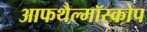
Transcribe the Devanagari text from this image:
आफथैल्मॉस्कोप